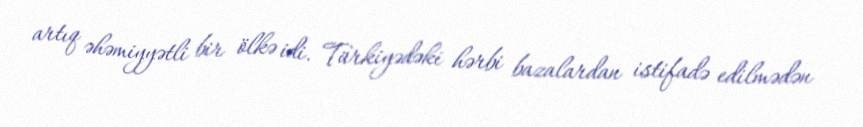
artıq əhəmiyyətli bir ölkə idi. Türkiyədəki hərbi bazalardan istifadə edilmədən